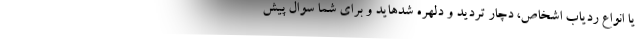
یا انواع ردیاب اشخاص، دچار تردید و دلهره شدهاید و برای شما سوال پیش